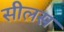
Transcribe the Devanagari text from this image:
सीलस